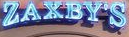
ZAXBY'S